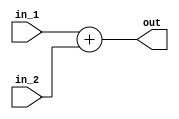
module Adder_2(in_1,in_2,out
    );

	input [15:0] in_1,in_2;
	
	output [15:0] out;
	
	assign out = in_1 + in_2;

endmodule